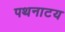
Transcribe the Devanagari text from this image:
पथनाटय